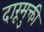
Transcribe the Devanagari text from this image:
दारूमुक्ती